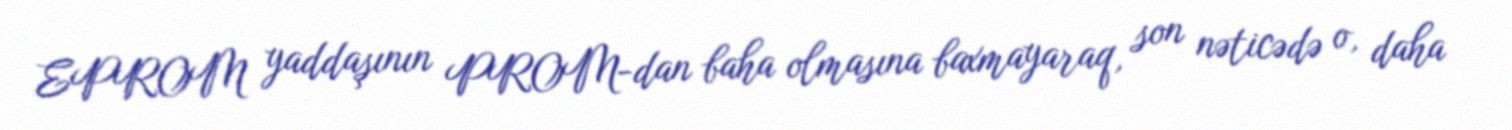
EPROM yaddaşının PROM-dan baha olmasına baxmayaraq, son nəticədə o, daha